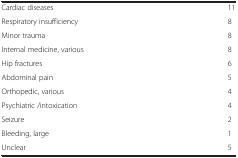
<table><thead><tr><td><b> </b></td><td><b> </b></td></tr></thead><tbody><tr><td>Cardiac diseases</td><td>11</td></tr><tr><td>Respiratory insufficiency</td><td>8</td></tr><tr><td>Minor trauma</td><td>8</td></tr><tr><td>Internal medicine, various</td><td>8</td></tr><tr><td>Hip fractures</td><td>6</td></tr><tr><td>Abdominal pain</td><td>5</td></tr><tr><td>Orthopedic, various</td><td>4</td></tr><tr><td>Psychiatric /intoxication</td><td>4</td></tr><tr><td>Seizure</td><td>2</td></tr><tr><td>Bleeding, large</td><td>1</td></tr><tr><td>Unclear</td><td>5</td></tr></tbody></table>